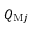
Q _ { \mathrm { M } j }